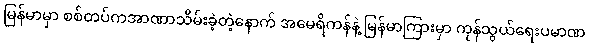
မြန်မာမှာ စစ်တပ်ကအာဏာသိမ်းခဲ့တဲ့နောက် အမေရိကန်နဲ့ မြန်မာကြားမှာ ကုန်သွယ်ရေးပမာဏ